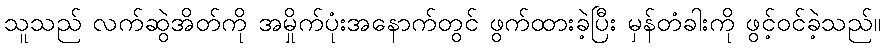
သူသည် လက်ဆွဲအိတ်ကို အမှိုက်ပုံးအနောက်တွင် ဖွက်ထားခဲ့ပြီး မှန်တံခါးကို ဖွင့်ဝင်ခဲ့သည်။